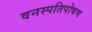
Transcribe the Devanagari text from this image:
वनस्पतिपोषण